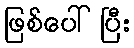
ဖြစ်ပေါ်ပြီး